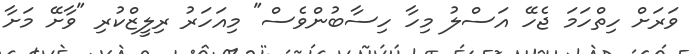
ވަރަށް ހިތްހަމަ ޖެހޭ އަސްލު މިހާ ހިސާބުންވެސް" މިއަހަރު ރިލީޒްކުރި "ވާށޭ މަށާ